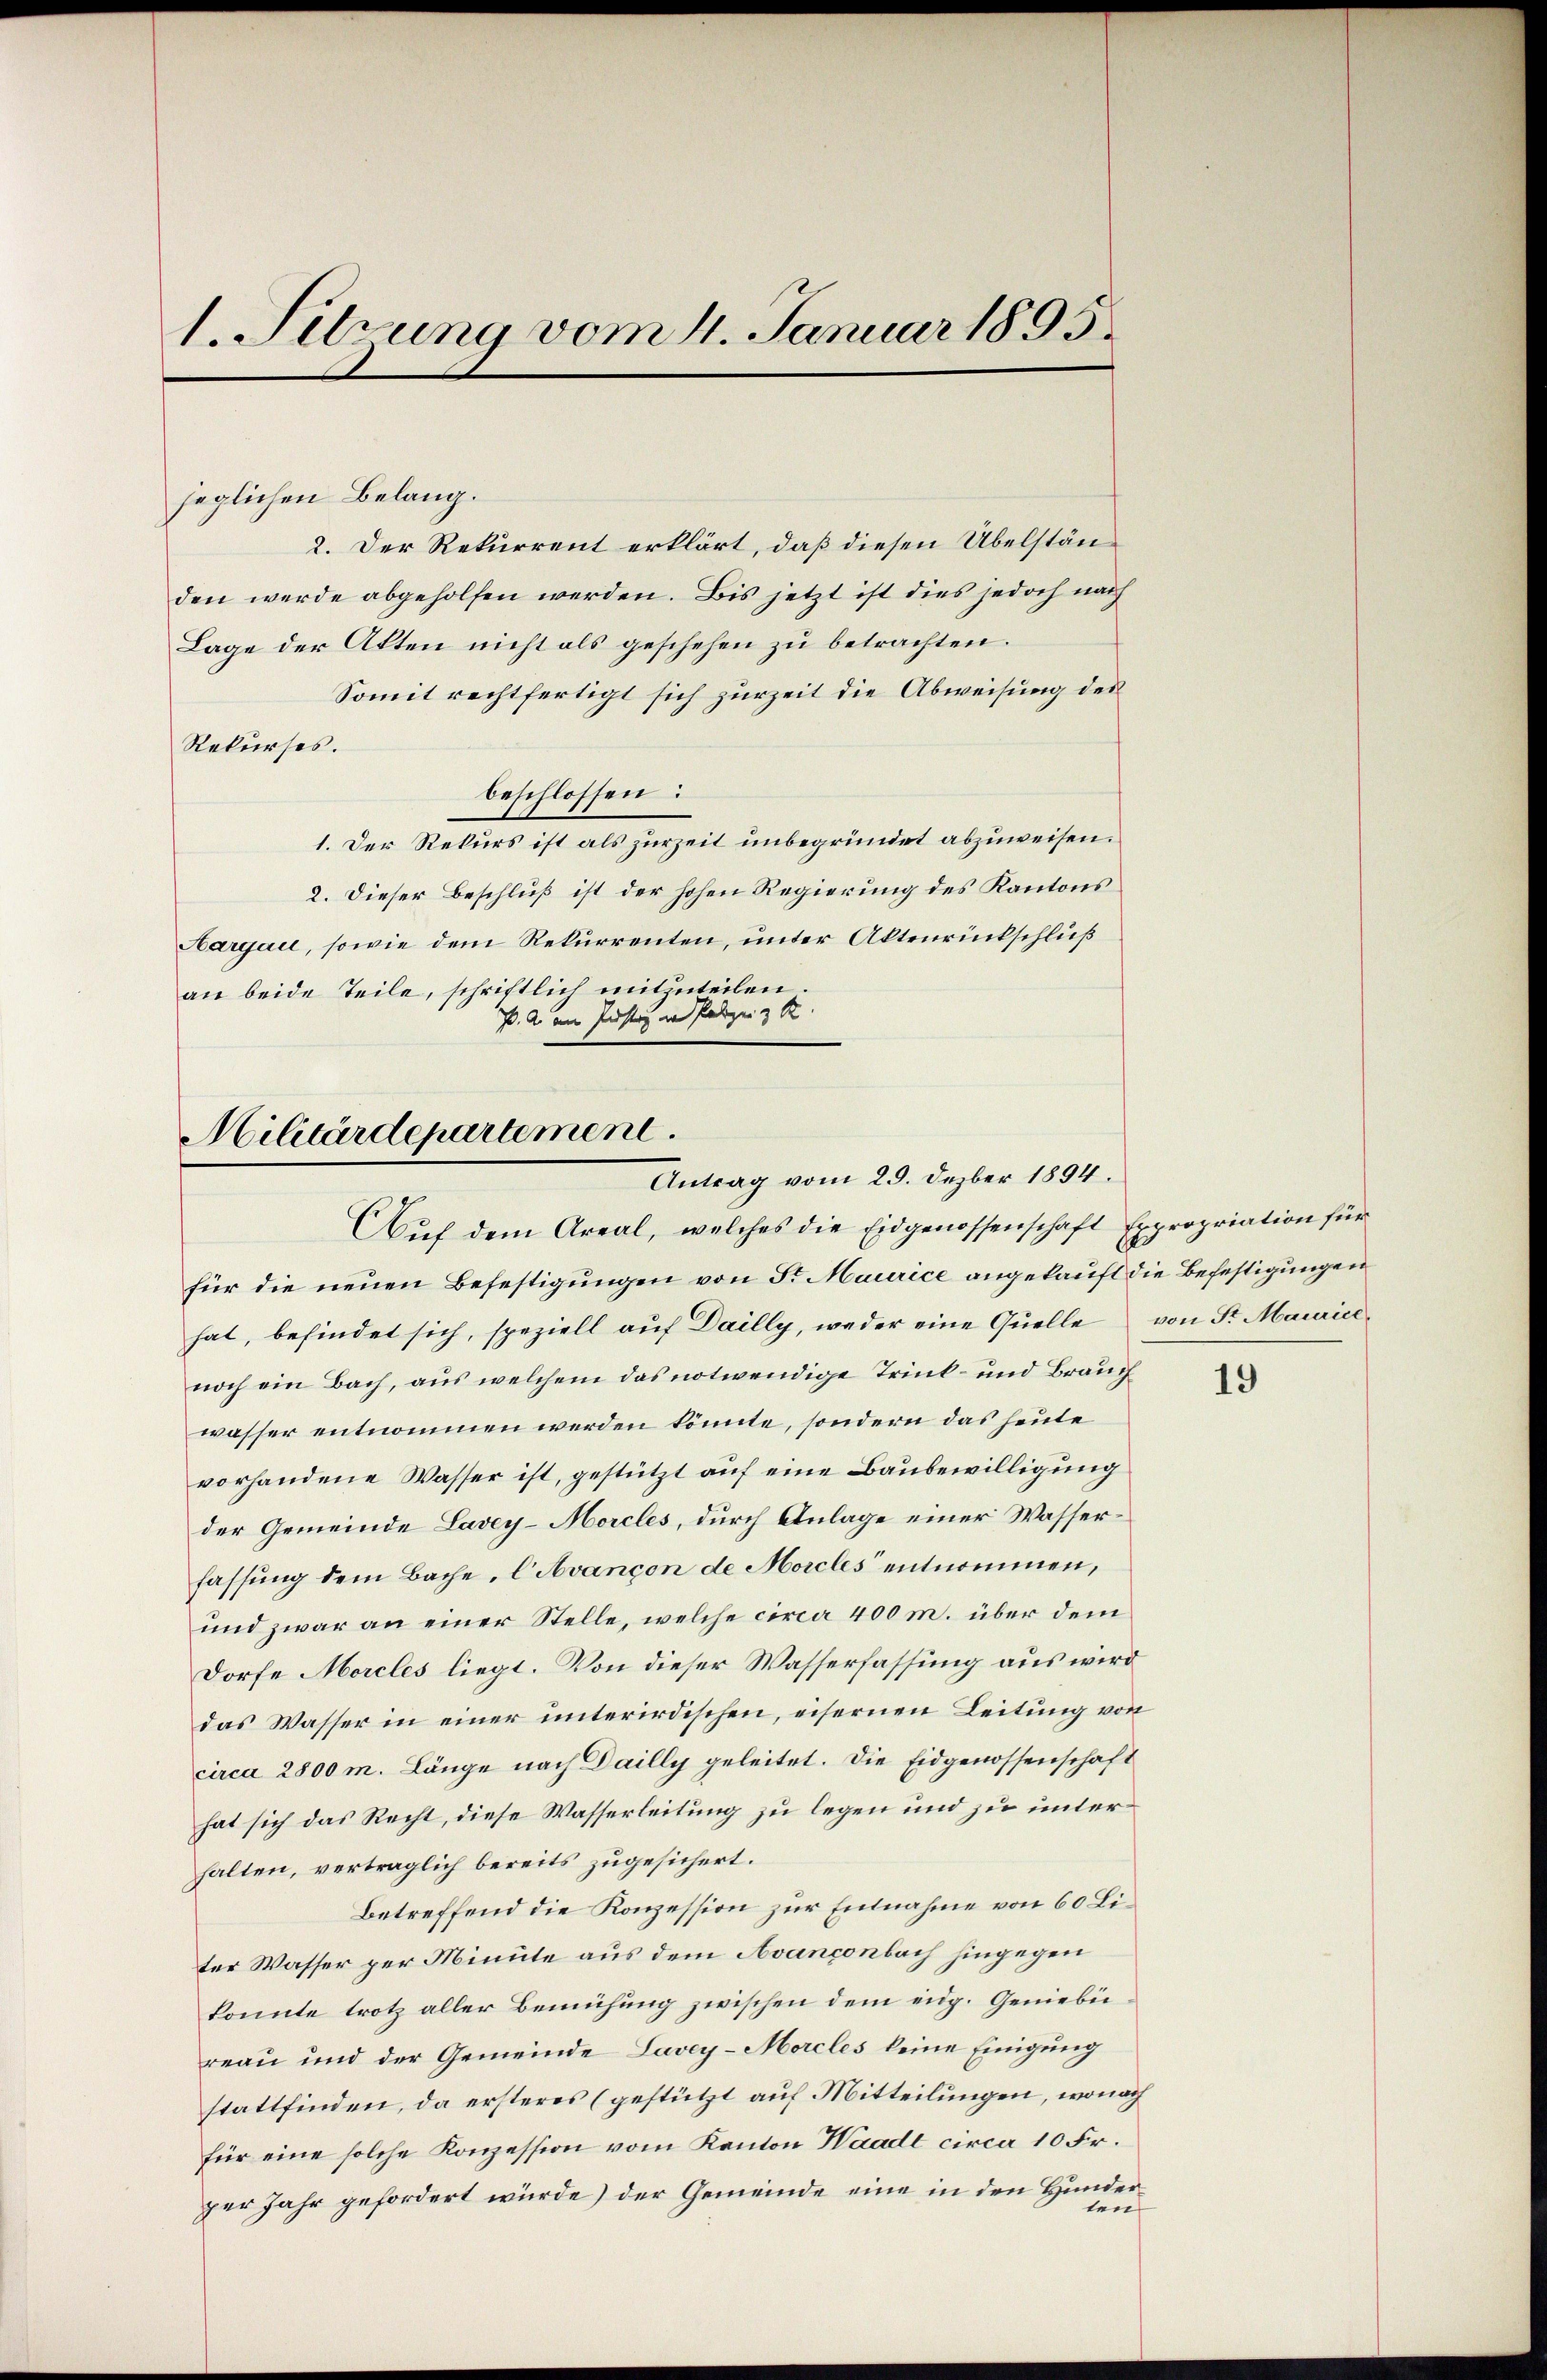
1. Sitzung vom 4. Januar 1895.

jeglichen Belang.
2. Der Rekurrent erklärt, daß diesen Übelständen werde abgeholfen werden. Bis jetzt ist dies jedoch nach
Lage der Akten nicht als geschehen zu betrachten.
Somit rechtfertigt sich zurZeit die Abweisung des
Rekurses.
beschlossen:
1. Der Rekurs ist als zurZeit unbegründet abzuweisen.
2. Dieser Beschluß ist der hohen Regierung des Kantons
Aargau, sowie dem Rekurrenten, unter Aktenrückschluß
an beide Teile, schriftlich mitzuteilen.
P. A. am Justiz in Polizei 3 K

Militärdepartement.
Antrag vom 29. Dezber 1894.
Auf dem Areal, welches die Eidgenossenschaft Expropriation für

für die neuen Befestigungen von Sr. Maurice angekauft die Befestigungen
hat, befindet sich, speziell auf Dailly, weder eine Quelle von Sr. Mauricenoch ein Bach, aus welchem das notwendige Trink- und Brauch
wasser entnommen werden könnte, sondern das heute
vorhandene Wasser ist, gestützt auf eine Baubewilligung
der Gemeinde Lavey-Horcles, durch Anlage einer Wasserfassung dem Bache, C Avancon de Morcles entnommen,
und zwar an einer Stelle, welche circa 400 m. über dem
Dorfe Morcles liegt. Von dieser Wasserfassung aus wird
das Wasser in einer unterirdischen, eisernen Leitung von
circa 2800 m. Länge nach Dailly geleitet. Die Eidgenossenschaft
hat sich das Recht, diese Wasserleitung zu legen und zu unterhalten, verträglich bereits zugesichert.
Betreffend die Konzession zur Entnahme von 60 Liter Wasser per Minute aus dem Avanconbach hingegen
konnte trotz aller Bemühung zwischen dem eidg. Geniebereau und der Gemeinde Lavey-Morcles keine Einigung
stattfinden, da ersteres (gestützt auf Mitteilungen, wonach
für eine solche Konzession vom Kanton Waadt circa 10 Fr.
per Jahr gefordert würde) der Gemeinde eine in den Hunderten

19